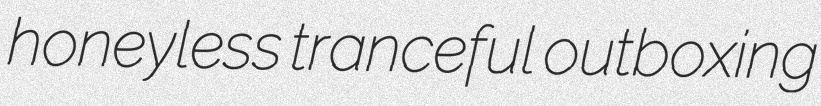
honeyless tranceful outboxing